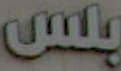
بلس